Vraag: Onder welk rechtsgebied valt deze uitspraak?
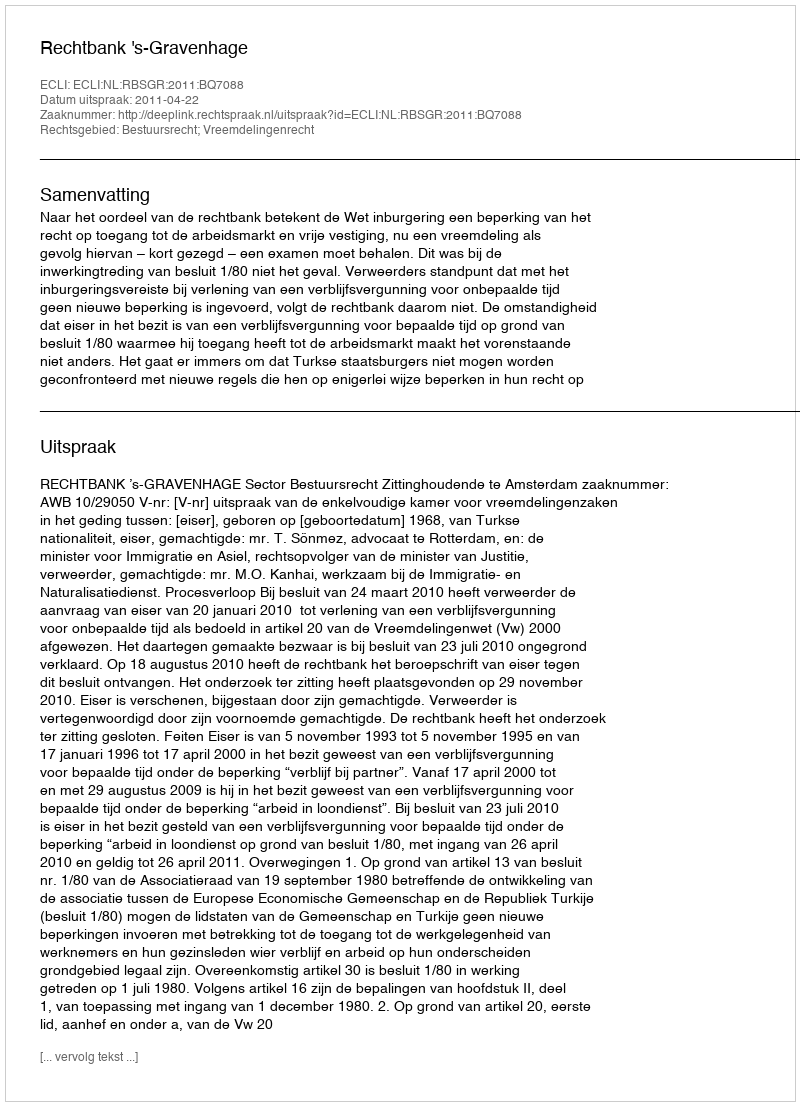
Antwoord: Bestuursrecht; Vreemdelingenrecht